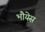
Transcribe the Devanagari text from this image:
भौयेस